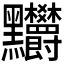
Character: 𪓉